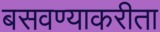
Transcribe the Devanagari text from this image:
बसवण्याकरीता